Indian Medical Review
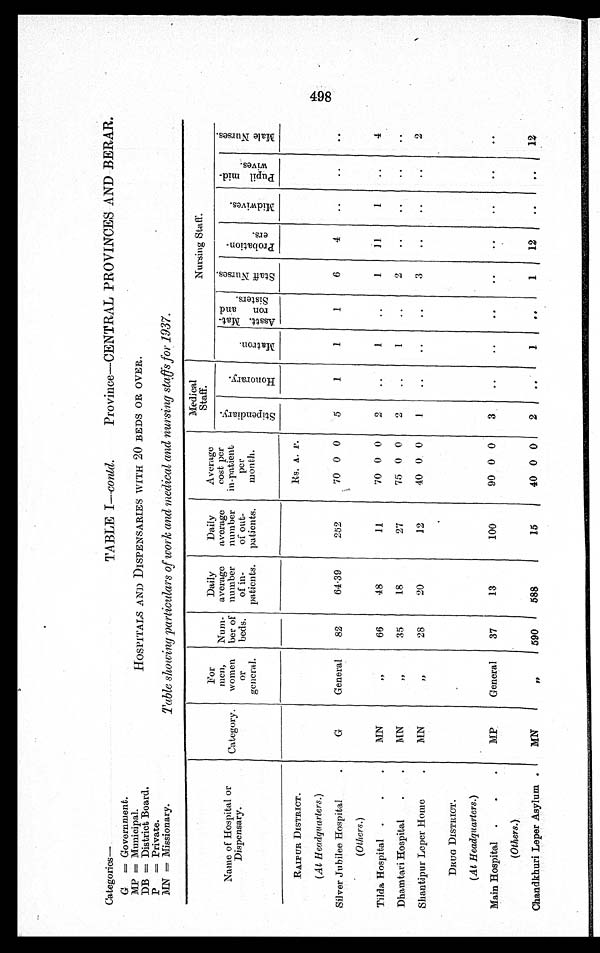
Categories
—
G = Government.
MP = Municipal.
DB = District Board.
P = Private.
MN = Missionary.
Province—CENTRAL PROVINCES AND BERAR.
HOSPITALS AND DISPENSARIES WITH 20 BEDS OR OVER.
Table showing particulars of work and medical and nursing staffs for 1937.
TABLE I—contd.
Name of Hospital or
Dispensary.
Category.
For
men,
women
or
general.
Num-
ber of
beds.
Daily
average
number
of in-
patients.
Daily
average
number
of out-
patients.
Average
cost per
in-patient
per
month.
Medical
Staff .
Nursing Staff.
S t i p e n d i a r y .
H o n o r a r y .
M a t r o n .
A s s t t . M a t - r o n a n d S i s t e r s .
S t a f f N u r s e s .
P r o b a t i o n - e r s .
M i d w i v e s .
P u p i l m i d - w i v e s .
M a l e N u r s e s .
RAIPUR DISTRICT.
Rs. A. P.
(At Headquarters .)
Silver Jubilee Hospital
G
General
82
64.39
252
70 0 0
5
1
1
1
6
4
..
..
..
(Others.)
Tilda Hospital
MN
"
66
48
11
70 0 0
2
..
1
..
1
11
1
..
4
Dhamtari Hospital
MN
"
35
18
27
75 0 0
2
..
1
..
2
..
..
..
..
Shantipur Leper Home
MN
"
28
20
12
40 0 0
1
..
..
..
3
..
..
..
2
DRUG DISTRICT.
(At Headquarters .)
Main Hospital
MP
General
37
13
100
90 0 0
3
..
..
..
..
..
..
. .
. .
(Others.)
Chandkhuri Leper Asylum
MN
"
590
588
15
40 0 0
2
..
1
..
1
12
..
..
12